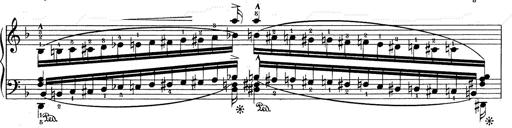
Title: RÃ©miniscences de Don Juan
Composer: Franz Liszt